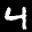
Label: 4